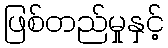
ဖြစ်တည်မှုနှင့်